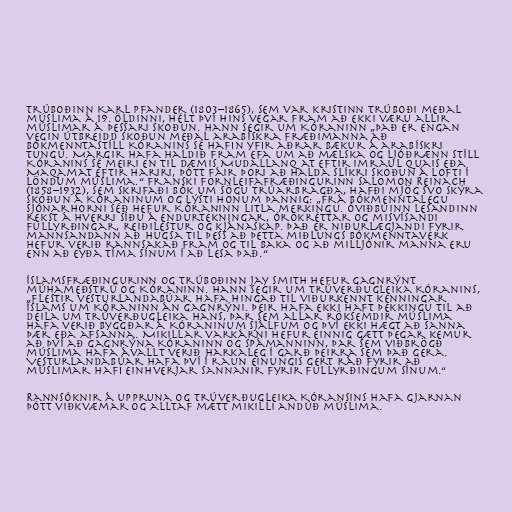
Trúboðinn Karl Pfander (1803–1865), sem var kristinn trúboði meðal
múslima á 19. öldinni, hélt því hins vegar fram að ekki væru allir
múslimar á þessari skoðun. Hann segir um Kóraninn „Það er engan
vegin útbreidd skoðun meðal arabískra fræðimanna að
bókmenntastíll Kóranins sé hafin yfir aðrar bækur á arabískri
tungu. Margir hafa haldið fram efa um að mælska og ljóðrænn stíll
Kóranins sé meiri en til dæmis Mudallanq at eftir Imraul Quais eða
Maqamat eftir Hariri, þótt fáir þori að halda slíkri skoðun á lofti í
löndum múslima.“ Franski fornleifafræðingurinn Salomon Reinach
(1858–1932), sem skrifaði bók um sögu trúarbragða, hafði mjög svo skýra
skoðun á Kóraninum og lýsti honum þannig: „Frá bókmenntalegu
sjónarhorni séð hefur Kóraninn litla merkingu. Óviðbúinn lesandinn
rekst á hverri síðu á endurtekningar, órökréttar og misvísandi
fullyrðingar, reiðilestur og kjánaskap. Það er niðurlægjandi fyrir
mannsandann að hugsa til þess að þetta miðlungs bókmenntaverk
hefur verið rannsakað fram og til baka og að milljónir manna eru
enn að eyða tíma sínum í að lesa það.“

Íslamsfræðingurinn og trúboðinn Jay Smith hefur gagnrýnt
múhameðstrú og Kóraninn. Hann segir um trúverðugleika Kóranins,
„Flestir vesturlandabúar hafa hingað til viðurkennt kenningar
íslams um Kóraninn án gagnrýni. Þeir hafa ekki haft þekkingu til að
deila um trúverðugleika hans, þar sem allar röksemdir múslima
hafa verið byggðar á Kóraninum sjálfum og því ekki hægt að sanna
þær eða afsanna. Mikillar varkárni hefur einnig gætt þegar kemur
að því að gagnrýna Kóraninn og spámanninn, þar sem viðbrögð
múslima hafa ávallt verið harkaleg í garð þeirra sem það gera.
Vesturlandabúar hafa því í raun einungis gert ráð fyrir að
múslimar hafi einhverjar sannanir fyrir fullyrðingum sínum.“

Rannsóknir á uppruna og trúverðugleika Kóransins hafa gjarnan
þótt viðkvæmar og alltaf mætt mikilli andúð múslima.